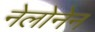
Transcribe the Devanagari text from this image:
नेलोनेन